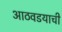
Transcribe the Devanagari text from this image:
आठवडयाची